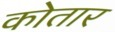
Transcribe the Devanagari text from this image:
कोतार